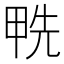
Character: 𠒛